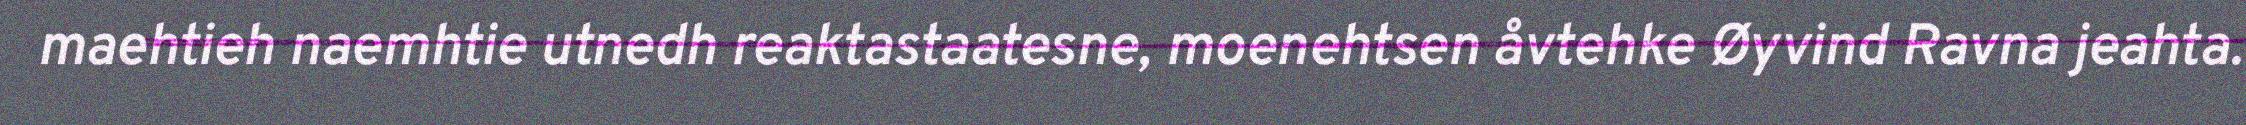
maehtieh naemhtie utnedh reaktastaatesne, moenehtsen åvtehke Øyvind Ravna jeahta.